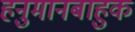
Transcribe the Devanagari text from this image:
हनुमानबाहुक